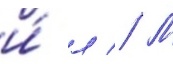
и́ л // М